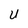
Character: U